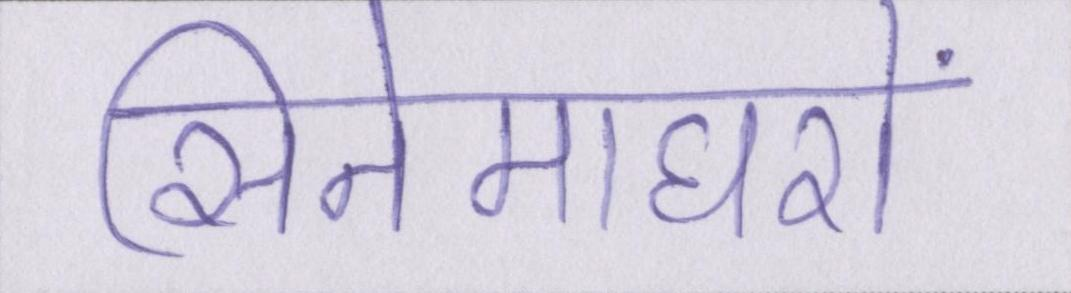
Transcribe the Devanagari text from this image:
सिनेमाघरों